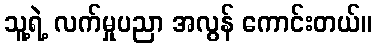
သူ့ရဲ့ လက်မှုပညာ အလွန် ကောင်းတယ်။